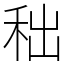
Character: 𥞃